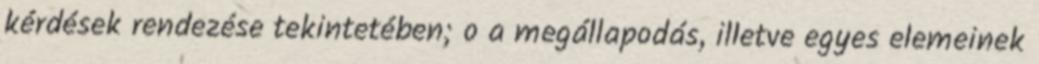
kérdések rendezése tekintetében; o a megállapodás, illetve egyes elemeinek